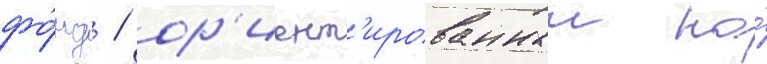
фо́нд / ор'иент'ированныи на́